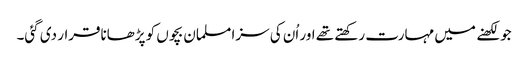
جو لکھنے میں مہارت رکھتے تھے اور اُن کی سزا مسلمان بچوں کو پڑھاناقرار دی گئی۔